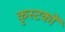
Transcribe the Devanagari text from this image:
कृस्टकों